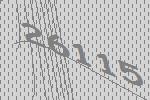
26115